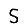
Digit: 5